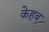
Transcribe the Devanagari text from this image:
केहब